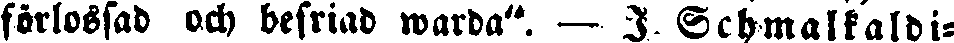
förlossad och befriad warda". — I Schmalkaldi-